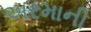
અરમાની